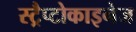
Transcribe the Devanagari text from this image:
स्ट्रैप्टोकाइनेज